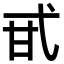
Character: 甙